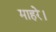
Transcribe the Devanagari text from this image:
माहरे।